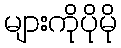
များကိုပိုမို